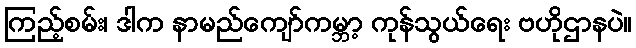
ကြည့်စမ်း၊ ဒါက နာမည်ကျော်ကမ္ဘာ့ ကုန်သွယ်ရေး ဗဟိုဌာနပဲ။